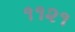
૧૧૨૧